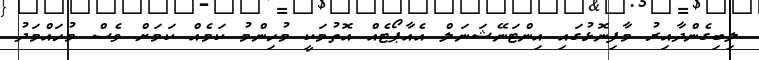
ލިބިގެންދާއިރު މާފިނޮޅުގައި އިންޓަނޭޝަނަލް އެއާޕޯޓެއް އޮތުމަކީ މުހިންމު ކަމެއް ކަމަށް ވެސް މުހައްމަދު